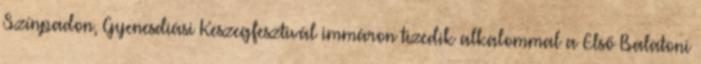
Színpadon, Gyenesdiási Keszegfesztivál immáron tizedik alkalommal a Első Balatoni